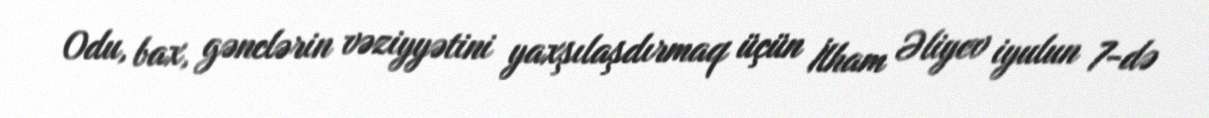
Odu, bax, gənclərin vəziyyətini yaxşılaşdırmaq üçün İlham Əliyev iyulun 7-də